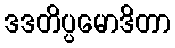
ဒဒတိပ္ပမောဒိတာ